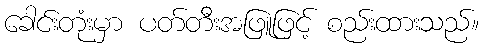
ခေါင်းတုံးမှာ ပတ်တီးအဖြူဖြင့် စည်းထားသည်။